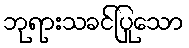
ဘုရားသခင်ပြုသော